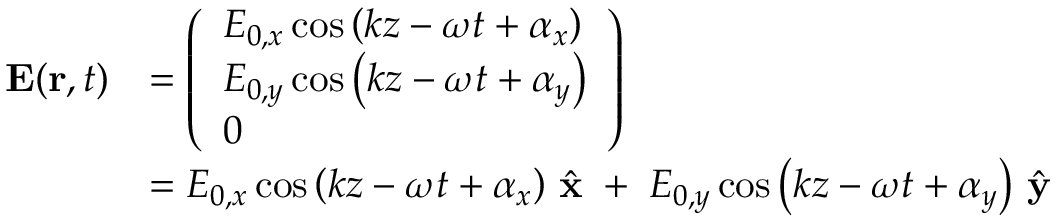
{ \begin{array} { r l } { \mathbf { E } ( \mathbf { r } , t ) } & { = { \left( \begin{array} { l } { E _ { 0 , x } \cos \left( k z - \omega t + \alpha _ { x } \right) } \\ { E _ { 0 , y } \cos \left( k z - \omega t + \alpha _ { y } \right) } \\ { 0 } \end{array} \right) } } \\ & { = E _ { 0 , x } \cos \left( k z - \omega t + \alpha _ { x } \right) \, { \hat { \mathbf { x } } } \; + \; E _ { 0 , y } \cos \left( k z - \omega t + \alpha _ { y } \right) \, { \hat { \mathbf { y } } } } \end{array} }